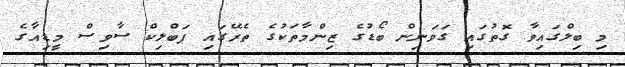
މި ބިލްގައިވާ ގޮތުގައި ގަވަނިން ބޯޑުގެ ޒިންމާތަކުގެ ތެރޭގައި ޕަބްލިކް ސާވިސް މީޑިއާގެ